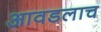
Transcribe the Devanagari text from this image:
आवडलाच